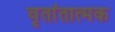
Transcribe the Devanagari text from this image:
वृतांतात्मक